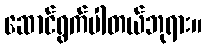
ဆောင်ရွက်ပါတယ်ဘုရား။